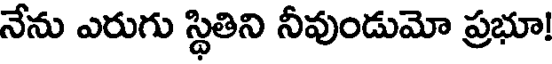
నేను ఎరుగు స్థితిని నీవుండుమో ప్రభూ!